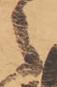
々